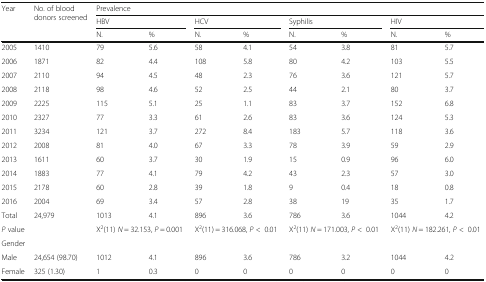
<table><thead><tr><td rowspan="3"><b>Year</b></td><td rowspan="3"><b>No. of blood donors screened</b></td><td colspan="8"><b>Prevalence</b></td></tr><tr><td colspan="2"><b>HBV</b></td><td colspan="2"><b>HCV</b></td><td colspan="2"><b>Syphilis</b></td><td colspan="2"><b>HIV</b></td></tr><tr><td><b>N.</b></td><td><b>%</b></td><td><b>N.</b></td><td><b>%</b></td><td><b>N.</b></td><td><b>%</b></td><td><b>N.</b></td><td><b>%</b></td></tr></thead><tbody><tr><td>2005</td><td>1410</td><td>79</td><td>5.6</td><td>58</td><td>4.1</td><td>54</td><td>3.8</td><td>81</td><td>5.7</td></tr><tr><td>2006</td><td>1871</td><td>82</td><td>4.4</td><td>108</td><td>5.8</td><td>80</td><td>4.2</td><td>103</td><td>5.5</td></tr><tr><td>2007</td><td>2110</td><td>94</td><td>4.5</td><td>48</td><td>2.3</td><td>76</td><td>3.6</td><td>121</td><td>5.7</td></tr><tr><td>2008</td><td>2118</td><td>98</td><td>4.6</td><td>52</td><td>2.5</td><td>44</td><td>2.1</td><td>80</td><td>3.7</td></tr><tr><td>2009</td><td>2225</td><td>115</td><td>5.1</td><td>25</td><td>1.1</td><td>83</td><td>3.7</td><td>152</td><td>6.8</td></tr><tr><td>2010</td><td>2327</td><td>77</td><td>3.3</td><td>61</td><td>2.6</td><td>83</td><td>3.6</td><td>124</td><td>5.3</td></tr><tr><td>2011</td><td>3234</td><td>121</td><td>3.7</td><td>272</td><td>8.4</td><td>183</td><td>5.7</td><td>118</td><td>3.6</td></tr><tr><td>2012</td><td>2008</td><td>81</td><td>4.0</td><td>67</td><td>3.3</td><td>78</td><td>3.9</td><td>59</td><td>2.9</td></tr><tr><td>2013</td><td>1611</td><td>60</td><td>3.7</td><td>30</td><td>1.9</td><td>15</td><td>0.9</td><td>96</td><td>6.0</td></tr><tr><td>2014</td><td>1883</td><td>77</td><td>4.1</td><td>79</td><td>4.2</td><td>43</td><td>2.3</td><td>57</td><td>3.0</td></tr><tr><td>2015</td><td>2178</td><td>60</td><td>2.8</td><td>39</td><td>1.8</td><td>9</td><td>0.4</td><td>18</td><td>0.8</td></tr><tr><td>2016</td><td>2004</td><td>69</td><td>3.4</td><td>57</td><td>2.8</td><td>38</td><td>19</td><td>35</td><td>1.7</td></tr><tr><td>Total</td><td>24,979</td><td>1013</td><td>4.1</td><td>896</td><td>3.6</td><td>786</td><td>3.6</td><td>1044</td><td>4.2</td></tr><tr><td><i>P</i> value</td><td></td><td colspan="2">X<sup>2</sup>(11) <i>N</i> = 32.153, <i>P</i> = 0.001</td><td colspan="2">X<sup>2</sup>(11) = 316.068, <i>P</i> &lt;0.01</td><td colspan="2">X<sup>2</sup>(11) <i>N</i> = 171.003, <i>P</i> &lt;0.01</td><td colspan="2">X<sup>2</sup>(11) <i>N</i> = 182.261, <i>P</i> &lt;0.01</td></tr><tr><td>Gender</td><td></td><td></td><td></td><td></td><td></td><td></td><td></td><td></td><td></td></tr><tr><td>Male</td><td>24,654 (98.70)</td><td>1012</td><td>4.1</td><td>896</td><td>3.6</td><td>786</td><td>3.2</td><td>1044</td><td>4.2</td></tr><tr><td>Female</td><td>325 (1.30)</td><td>1</td><td>0.3</td><td>0</td><td>0</td><td>0</td><td>0</td><td>0</td><td>0</td></tr></tbody></table>